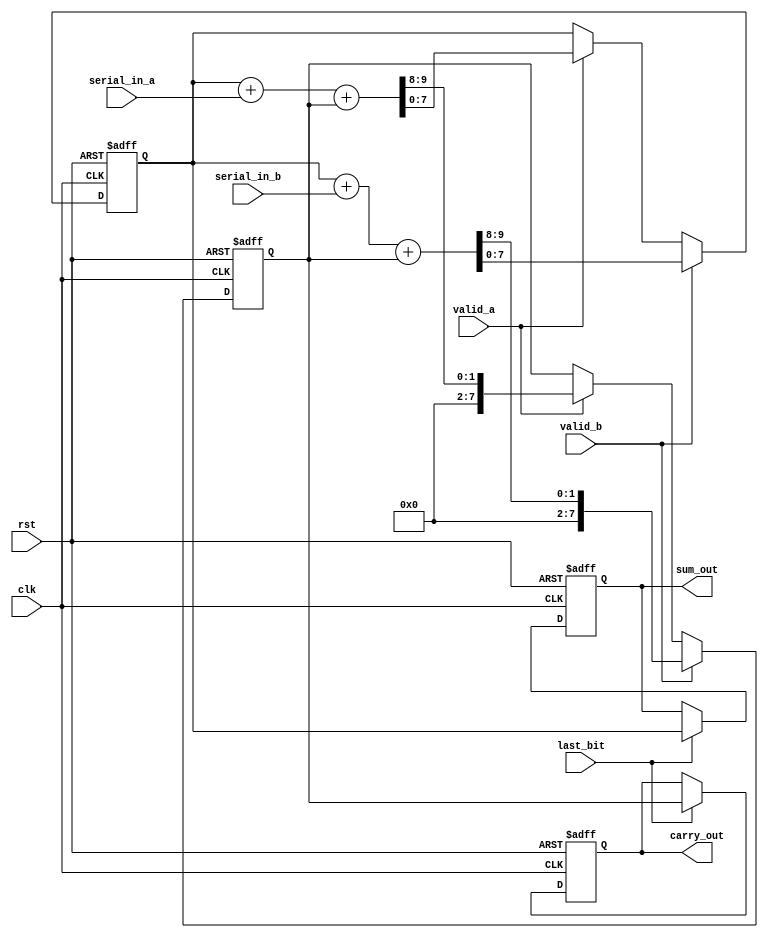
module CarrySaveAdder (
    input wire clk,
    input wire rst,
    input wire serial_in_a,   // Serial input for first number
    input wire serial_in_b,   // Serial input for second number
    input wire valid_a,       // Valid signal for input A
    input wire valid_b,       // Valid signal for input B
    input wire last_bit,      // Signal indicating the last bit of inputs
    output reg [N-1:0] sum_out, // Final sum output
    output reg [N-1:0] carry_out // Final carry output
);
    parameter N = 8; // Width of the input numbers

    reg [N-1:0] sum;    // Accumulated sum
    reg [N-1:0] carry;  // Accumulated carry
    reg [N-1:0] temp_sum; // Temporary sum for current bit addition
    reg [N-1:0] temp_carry; // Temporary carry for current bit addition
    reg [3:0] bit_count; // Counter for number of bits processed

    always @(posedge clk or posedge rst) begin
        if (rst) begin
            sum <= 0;
            carry <= 0;
            bit_count <= 0;
            sum_out <= 0;
            carry_out <= 0;
        end else begin
            // Process serial inputs
            if (valid_a) begin
                // Add current bits from serial input A
                {temp_carry, temp_sum} = sum + serial_in_a + carry;
                sum <= temp_sum;
                carry <= temp_carry;
            end
            
            if (valid_b) begin
                // Add current bits from serial input B
                {temp_carry, temp_sum} = sum + serial_in_b + carry;
                sum <= temp_sum;
                carry <= temp_carry;
            end

            // Increment bit count
            bit_count <= bit_count + 1;

            // If the last bit is received, store the final results
            if (last_bit) begin
                sum_out <= sum;
                carry_out <= carry;
            end
        end
    end
endmodule